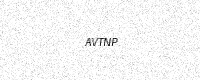
Text: AVTNP